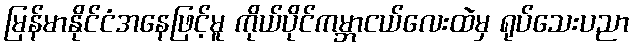
မြန်မာနိုင်ငံအနေဖြင့်မူ ကိုယ်ပိုင်ကမ္ဘာငယ်လေးထဲမှ ရုပ်သေးပညာ